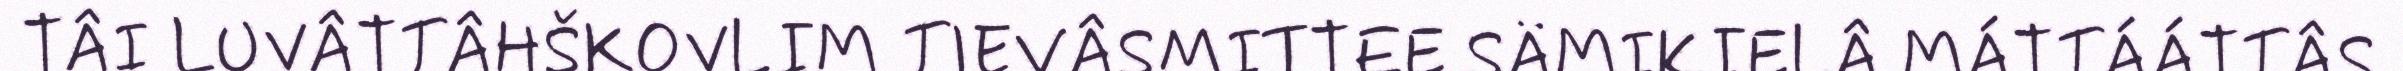
TÂI LUVÂTTÂHŠKOVLIM TIEVÂSMITTEE SÄMIKIELÂ MÁTTÁÁTTÂS